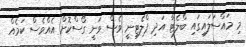
މި މައްސަލައިގައި ބްލެޓާ އަދި ޕްލެޓިނީ ވެސް ވަނީ ގޯސްކޮށް އެއްވެސް ކަމެއް